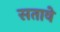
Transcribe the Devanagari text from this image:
सतावे